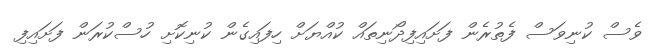
ވެސް ކުނިވަސް ފެތުރެން ފަށައިފިދޯނިތައް ކުއްޔަށް ހިފައިގެން ކުނިކޮށި ހުސްކުރަން ފަށައިފި